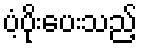
ပံ့ပိုးပေးသည့်